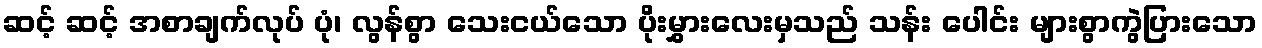
ဆင့် ဆင့် အစာချက်လုပ် ပုံ၊ လွန်စွာ သေးငယ်သော ပိုးမွှားလေးမှသည် သန်း ပေါင်း များစွာကွဲပြားသော